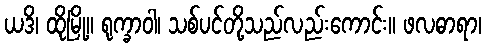
ယဒိ၊ ထိုမြို့။ ရုက္ခာဝါ၊ သစ်ပင်တို့သည်လည်းကောင်း။ ဖလဓာရာ၊